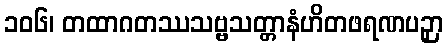
၁၀၆၊ တထာဂတဿသဗ္ဗသတ္တာနံဟိတဖရဏပဉှာ